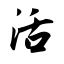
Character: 活